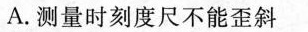
A.测量时刻度尺不能歪斜